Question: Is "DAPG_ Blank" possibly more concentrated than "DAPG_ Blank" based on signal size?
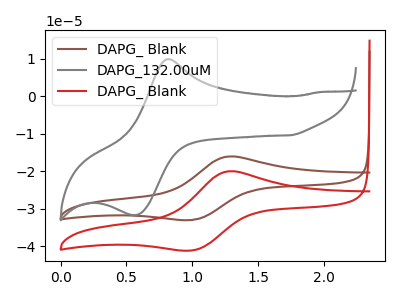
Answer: <think>The brown curve "DAPG_ Blank" has an anodic peak at (1.30V, -16.10uA) and a cathodic peak at (1.00V, -33.00uA). The gray curve "DAPG_132.00uM" has an anodic peak at (0.80V, 9.90uA) and a cathodic peak at (0.60V, -31.70uA). The red curve "DAPG_ Blank" has an anodic peak at (1.30V, -20.05uA) and a cathodic peak at (1.00V, -41.15uA).
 All the peaks in "DAPG_ Blank" have a peak in "DAPG_ Blank" at the same potential.</think>
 <answer>I cant tell if "DAPG_ Blank" or "DAPG_ Blank" has more signal.</answer>
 <eval>mixed_signal</eval>